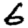
Digit: 6